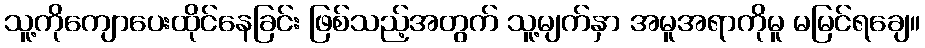
သူ့ကိုကျောပေးထိုင်နေခြင်း ဖြစ်သည့်အတွက် သူ့မျက်နှာ အမူအရာကိုမူ မမြင်ရချေ။